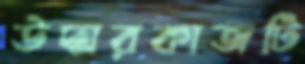
উদ্ধারকাজটি